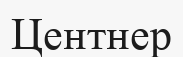
Центнер